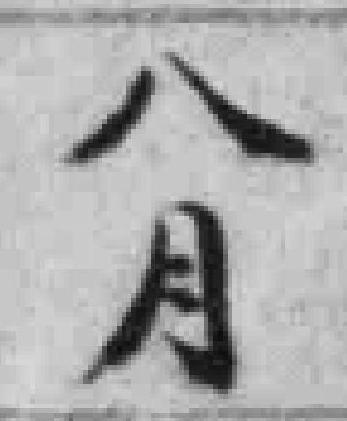
八月